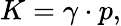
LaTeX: K=\gamma\cdot p,